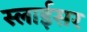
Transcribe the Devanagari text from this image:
स्‍लाईसर